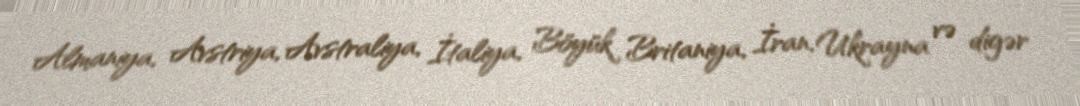
Almaniya, Avstriya, Avstraliya, İtaliya, Böyük Britaniya, İran, Ukrayna və digər